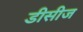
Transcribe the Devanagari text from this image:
डीसीज